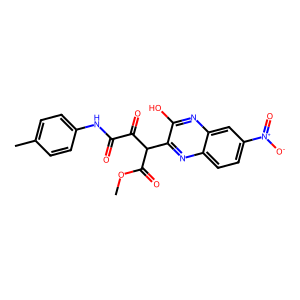
SMILES: COC(=O)C(C(=O)C(=O)Nc1ccc(C)cc1)c1nc2ccc([N+](=O)[O-])cc2nc1O
Inhibits HIV replication: No